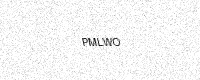
Text: PMLWO